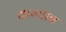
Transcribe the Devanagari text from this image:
कम्याब